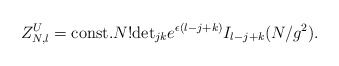
\begin{align*}Z_{N,l}^{U}={\rm const.}N!{\rm det}_{jk}e^{\epsilon(l-j+k)}I_{l-j+k}(N/g^{2}).\end{align*}